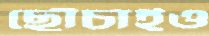
ছোঁচাইও